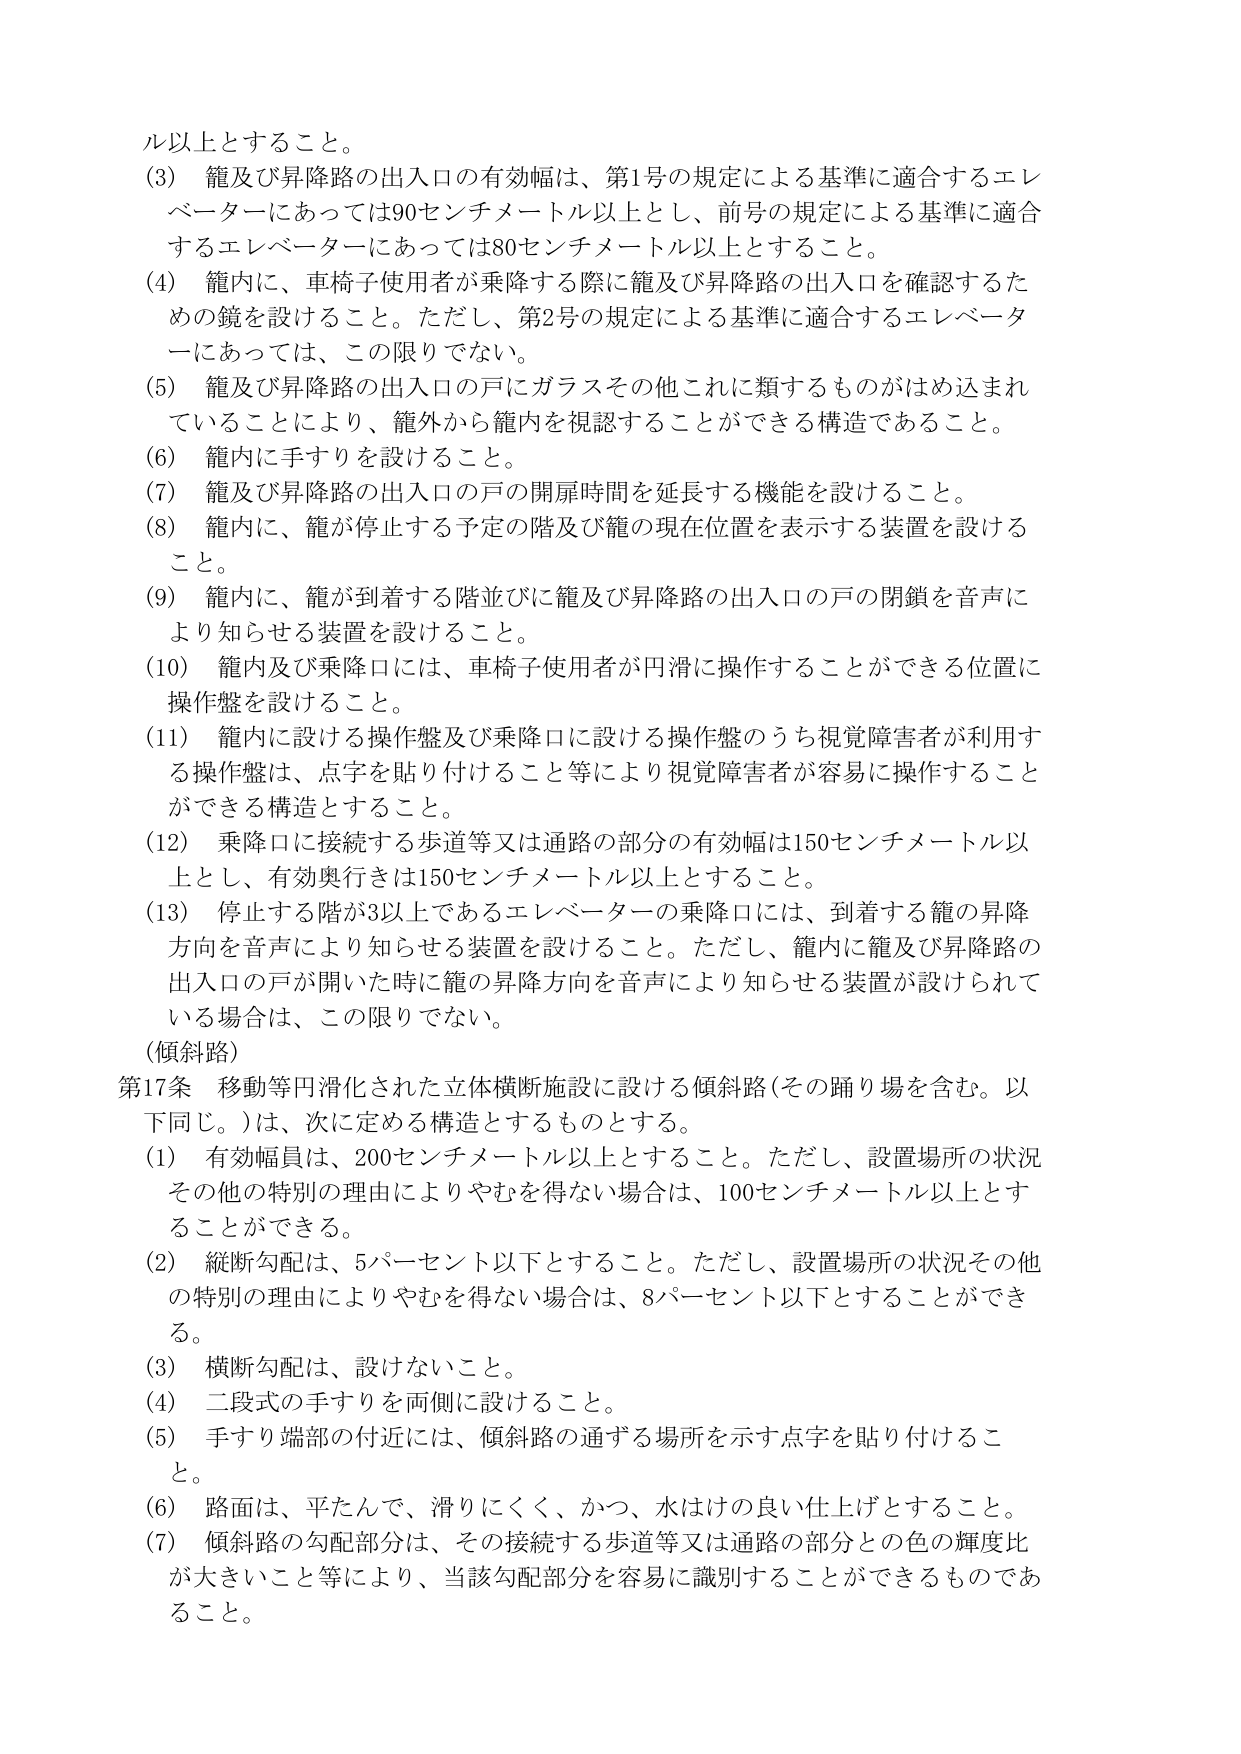
ル以上とすること。

(3) 篭及び昇降路の出入口の有効幅は、第1号の規定による基準に適合するエレベーターにあっては90センチメートル以上とし、前号の規定による基準に適合するエレベーターにあっては80センチメートル以上とすること。

(4) 篭内に、車椅子使用者が乗降する際に篭及び昇降路の出入口を確認するための鏡を設けること。ただし、第2号の規定による基準に適合するエレベーターにあっては、この限りでない。

(5) 篭及び昇降路の出入口の戸にガラスその他これに類するものがはめ込まれていることにより、篭外から篭内を視認することができる構造であること。

(6) 篭内に手すりを設けること。

(7) 篭及び昇降路の出入口の戸の開扉時間を延長する機能を設けること。

(8) 篭内に、篭が停止する予定の階及び篭の現在位置を表示する装置を設けること。

(9) 篭内に、篭が到着する階並びに篭及び昇降路の出入口の戸の閉鎖を音声により知らせる装置を設けること。

(10) 篭内及び乗降口には、車椅子使用者が円滑に操作することができる位置に操作盤を設けること。

(11) 篭内に設ける操作盤及び乗降口に設ける操作盤のうち視覚障害者が利用する操作盤は、点字を貼り付けること等により視覚障害者が容易に操作することができる構造とすること。

(12) 乗降口に接続する歩道等又は通路の部分の有効幅は150センチメートル以上とし、有効奥行きは150センチメートル以上とすること。

(13) 停止する階が3以上であるエレベーターの乗降口には、到着する篭の昇降方向を音声により知らせる装置を設けること。ただし、篭内に篭及び昇降路の出入口の戸が開いた時に篭の昇降方向を音声により知らせる装置が設けられている場合は、この限りでない。

(傾斜路)

第17条 移動等円滑化された立体横断施設に設ける傾斜路（その踊り場を含む。以下同じ。）は、次に定める構造とするものとする。

(1) 有効幅員は、200センチメートル以上とすること。ただし、設置場所の状況その他の特別の理由によりやむを得ない場合は、100センチメートル以上とすることもできる。

(2) 縦断勾配は、5パーセント以下とすること。ただし、設置場所の状況その他の特別の理由によりやむを得ない場合は、8パーセント以下とすることができる。

(3) 横断勾配は、設けないこと。

(4) 二段式の手すりを両側に設けること。

(5) 手すり端部の付近には、傾斜路の通ずる場所を示す点字を貼り付けること。

(6) 路面は、平たんで、滑りにくく、かつ、水はけの良い仕上げとすること。

(7) 傾斜路の勾配部分は、その接続する歩道等又は通路の部分との色の輝度比が大きいこと等により、当該勾配部分を容易に識別することができるものであること。